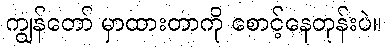
ကျွန်တော် မှာထားတာကို စောင့်နေတုန်းပဲ။